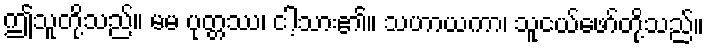
ဤသူတို့သည်။ မမ ပုတ္တဿ၊ ငါ့သား၏။ သဟာယကာ၊ သူငယ်ဖော်တို့သည်။